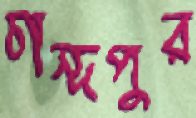
চান্দপুর